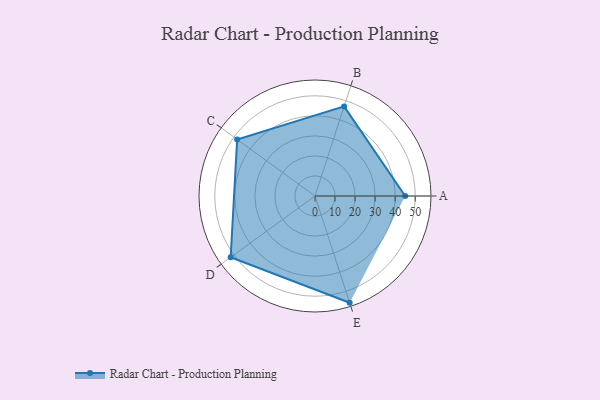
{"axis": {"x": "Skill", "y": "Score"}, "legend": ["Profile"], "data": [{"x": "A", "y": 45.0, "type": "Profile"}, {"x": "B", "y": 47.0, "type": "Profile"}, {"x": "C", "y": 48.0, "type": "Profile"}, {"x": "D", "y": 52.0, "type": "Profile"}, {"x": "E", "y": 56.0, "type": "Profile"}]}